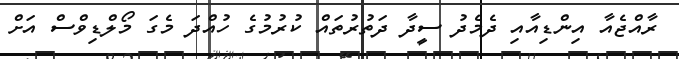
ރާއްޖެއާ އިންޑިއާއި ދެމެދު ސީދާ ދަތުރުތައް ކުރުމުގެ ހުއްދަ މެގަ މޯލްޑިވްސް އަށް